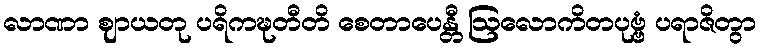
လာဏာ ဈာယတု ပရိကဍ္ဎတီတိ စေတာပေန္တီ ဩလောကိတပုဗ္ဗံ ပရာဇိတွာ